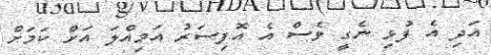
އަދި އެ ފުޅި ނެގީ ވެސް އެ އޮފިސަރު އަމިއްލަ އަށް ކަމަށް